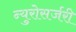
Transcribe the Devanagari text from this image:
न्युरोसर्जरी